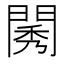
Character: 𨴷